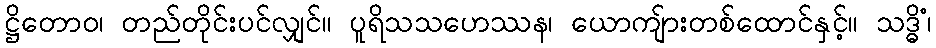
ဋ္ဌိတောဝ၊ တည်တိုင်းပင်လျှင်။ ပူရိသသဟေဿန၊ ယောကျ်ားတစ်ထောင်နှင့်။ သဒ္ဓိံ၊